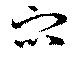
衆